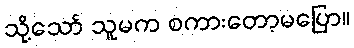
သို့သော် သူမက စကားတော့မပြော။